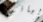
بيانو